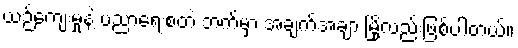
ယဉ်ကျေးမှုနဲ့ ပညာရေးစတဲ့ ဘက်မှာ အချက်အချာ မြို့လည်းဖြစ်ပါတယ်။